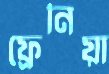
ফ্রেনিয়া